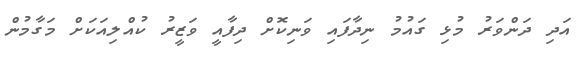
އަދި ދަންވަރު މުޅި ގައުމު ނިދާފައި ވަނިކޮށް ދިފާއީ ވަޒީރު ކުއްލިއަކަށް މަގާމުން